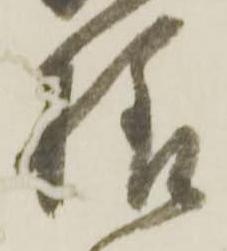
様